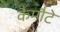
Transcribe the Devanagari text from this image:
कैमौटे